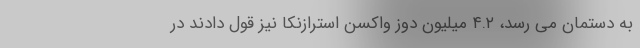
به دستمان می رسد، ۴.۲ میلیون دوز واکسن استرازنکا نیز قول دادند در